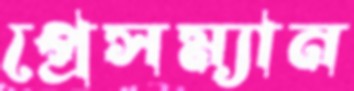
প্রেসম্যান